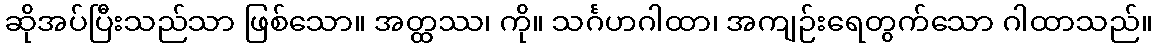
ဆိုအပ်ပြီးသည်သာ ဖြစ်သော။ အတ္ထဿ၊ ကို။ သင်္ဂဟဂါထာ၊ အကျဉ်းရေတွက်သော ဂါထာသည်။